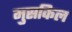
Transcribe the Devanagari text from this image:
मुसकिल